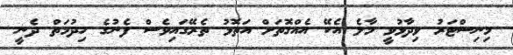
މިނިސްޓަރު ވިދާޅުވީ މާލެ އެކޭ އެއްގޮތަށް އަތޮޅު ތެރޭގައިވެސް ފެނުގެ ހިދުމަތް ދެނީ